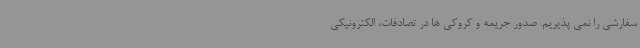
سفارشی را نمی پذیریم. صدور جریمه و کروکی ها در تصادفات، الکترونیکی